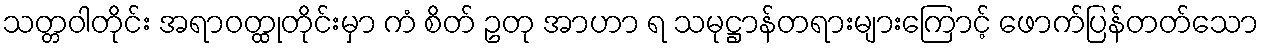
သတ္တဝါတိုင်း အရာဝတ္ထုတိုင်းမှာ ကံ စိတ် ဥတု အာဟာ ရ သမုဋ္ဌာန်တရားများကြောင့် ဖောက်ပြန်တတ်သော